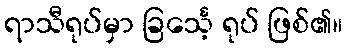
ရာသီရုပ်မှာ ခြင်္သေ့ ရုပ် ဖြစ်၏။